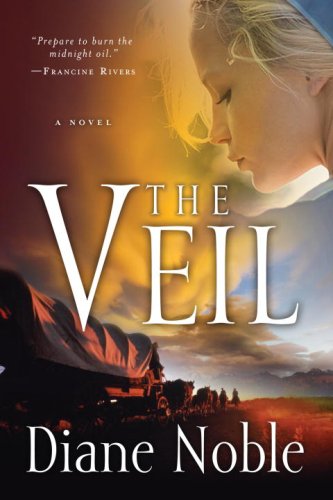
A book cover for The Veil; Diane Noble; Christian Books & Bibles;